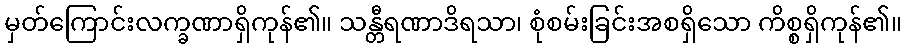
မှတ်ကြောင်းလက္ခဏာရှိကုန်၏။ သန္တီရဏာဒိရသာ၊ စုံစမ်းခြင်းအစရှိသော ကိစ္စရှိကုန်၏။